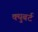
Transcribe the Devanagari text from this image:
क्युबर्ट